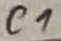
Text: C1